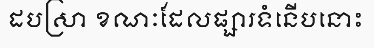
ដបស្រា ខណៈដែលផ្សារទំនើបនោះ